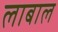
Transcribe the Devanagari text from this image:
लाबाल